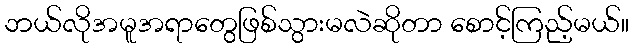
ဘယ်လိုအမူအရာတွေဖြစ်သွားမလဲဆိုတာ စောင့်ကြည့်မယ်။